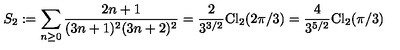
S _ { 2 } : = \sum _ { n \ge 0 } \frac { 2 n + 1 } { ( 3 n + 1 ) ^ { 2 } ( 3 n + 2 ) ^ { 2 } } = \frac { 2 } { 3 ^ { 3 / 2 } } \mathrm { C l } _ { 2 } ( 2 \pi / 3 ) = \frac { 4 } { 3 ^ { 5 / 2 } } \mathrm { C l } _ { 2 } ( \pi / 3 )